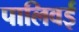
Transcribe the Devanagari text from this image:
पालिवई